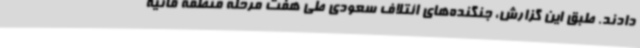
دادند. طبق این گزارش، جنگنده‌های ائتلاف سعودی طی هفت مرحله منطقه قانیه